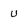
Character: U